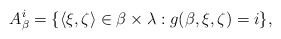
\begin{align*}A^i_{\beta}=\{\langle \xi,\zeta \rangle \in {\beta}\times {\lambda}: g({\beta},\xi,\zeta)=i\},\end{align*}